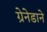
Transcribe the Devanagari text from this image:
ग्रेनेडाने